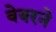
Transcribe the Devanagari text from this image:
वेबरने